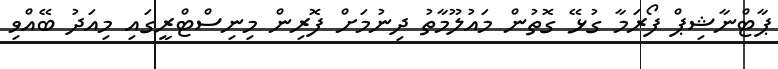
ޕާޓްނާޝިޕް ފޯރަމާ ގުޅޭ ގޮތުން މައުލޫމާތު ދިނުމަށް ފޮރިން މިނިސްޓްރީގައި މިއަދު ބޭއްވި